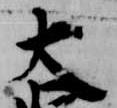
大